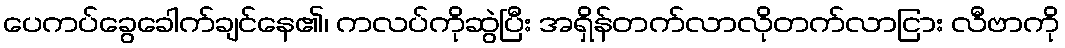
ပေကပ်ခွေခေါက်ချင်နေ၏၊ ကလပ်ကိုဆွဲပြီး အရှိန်တက်လာလိုတက်လာငြား လီဗာကို